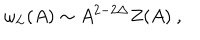
\omega _ { L } ( A ) \sim A ^ { 2 - 2 \Delta } Z ( A ) \ ,